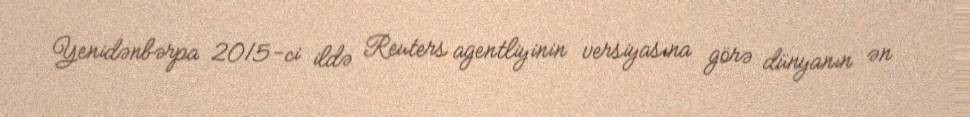
Yenidənbərpa 2015-ci ildə Reuters agentliyinin versiyasına görə dünyanın ən